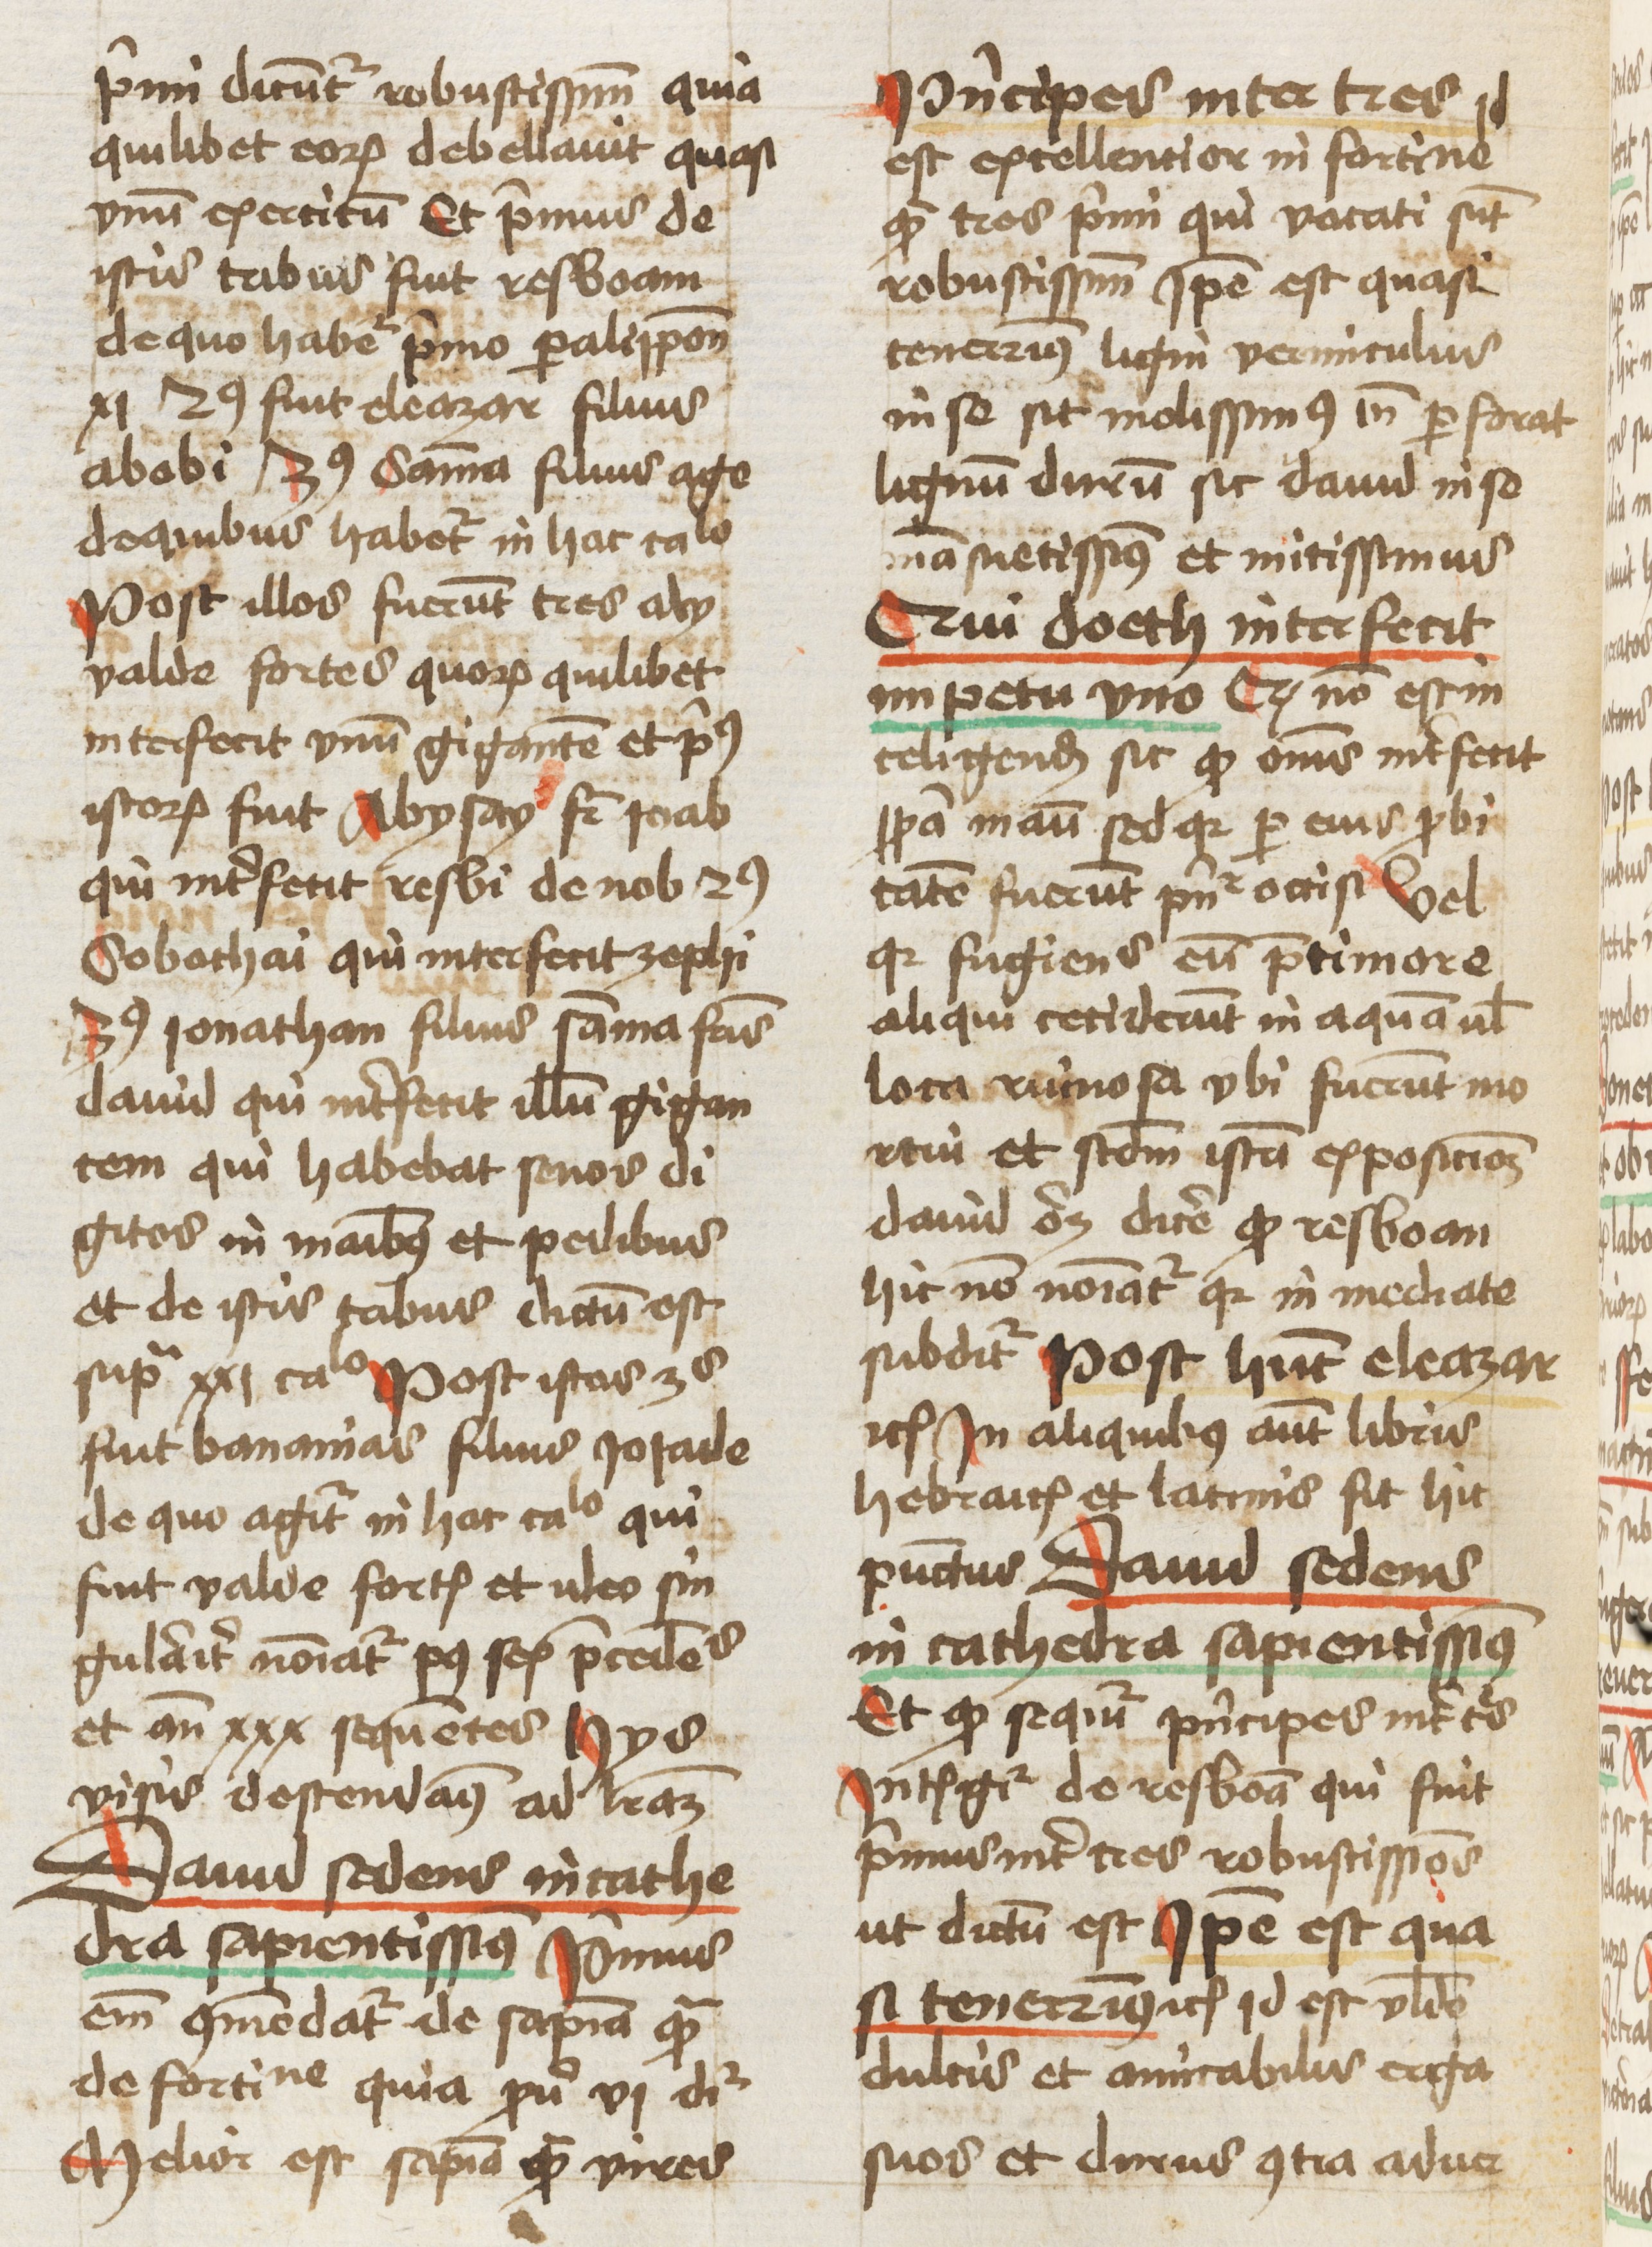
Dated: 1461–1461